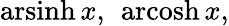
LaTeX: \operatorname{arsinh}x,\ \operatorname{arcosh}x,